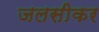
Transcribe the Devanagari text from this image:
जलसीकर